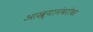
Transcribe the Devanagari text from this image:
आख्यानंबरोबर